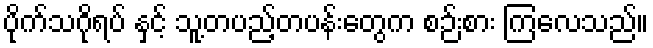
ပိုက်သဂိုရပ် နှင့် သူ့တပည့်တပန်းတွေက စဉ်းစား ကြလေသည်။